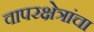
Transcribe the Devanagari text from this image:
वापरक्षेत्रांचा